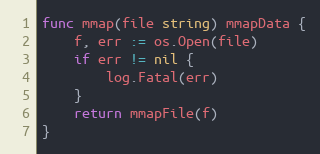
Language: Go
func mmap(file string) mmapData {
	f, err := os.Open(file)
	if err != nil {
		log.Fatal(err)
	}
	return mmapFile(f)
}